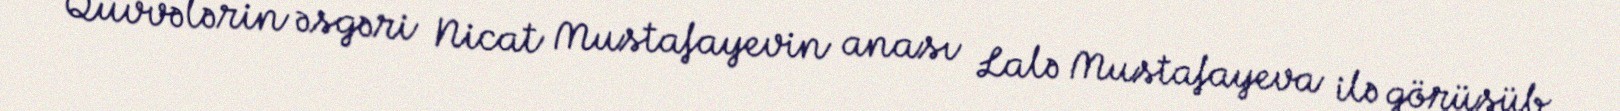
Qüvvələrin əsgəri Nicat Mustafayevin anası Lalə Mustafayeva ilə görüşüb.